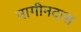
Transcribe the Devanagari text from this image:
नागीनदास